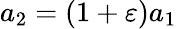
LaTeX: a_{2}=(1+\varepsilon)a_{1}